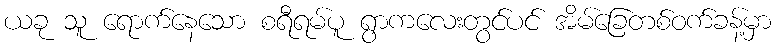
ယခု သူ ရောက်နေသော စရီရမ်ပူ ရွာကလေးတွင်ပင် အိမ်ခြေတစ်ဝက်ခန့်မှာ